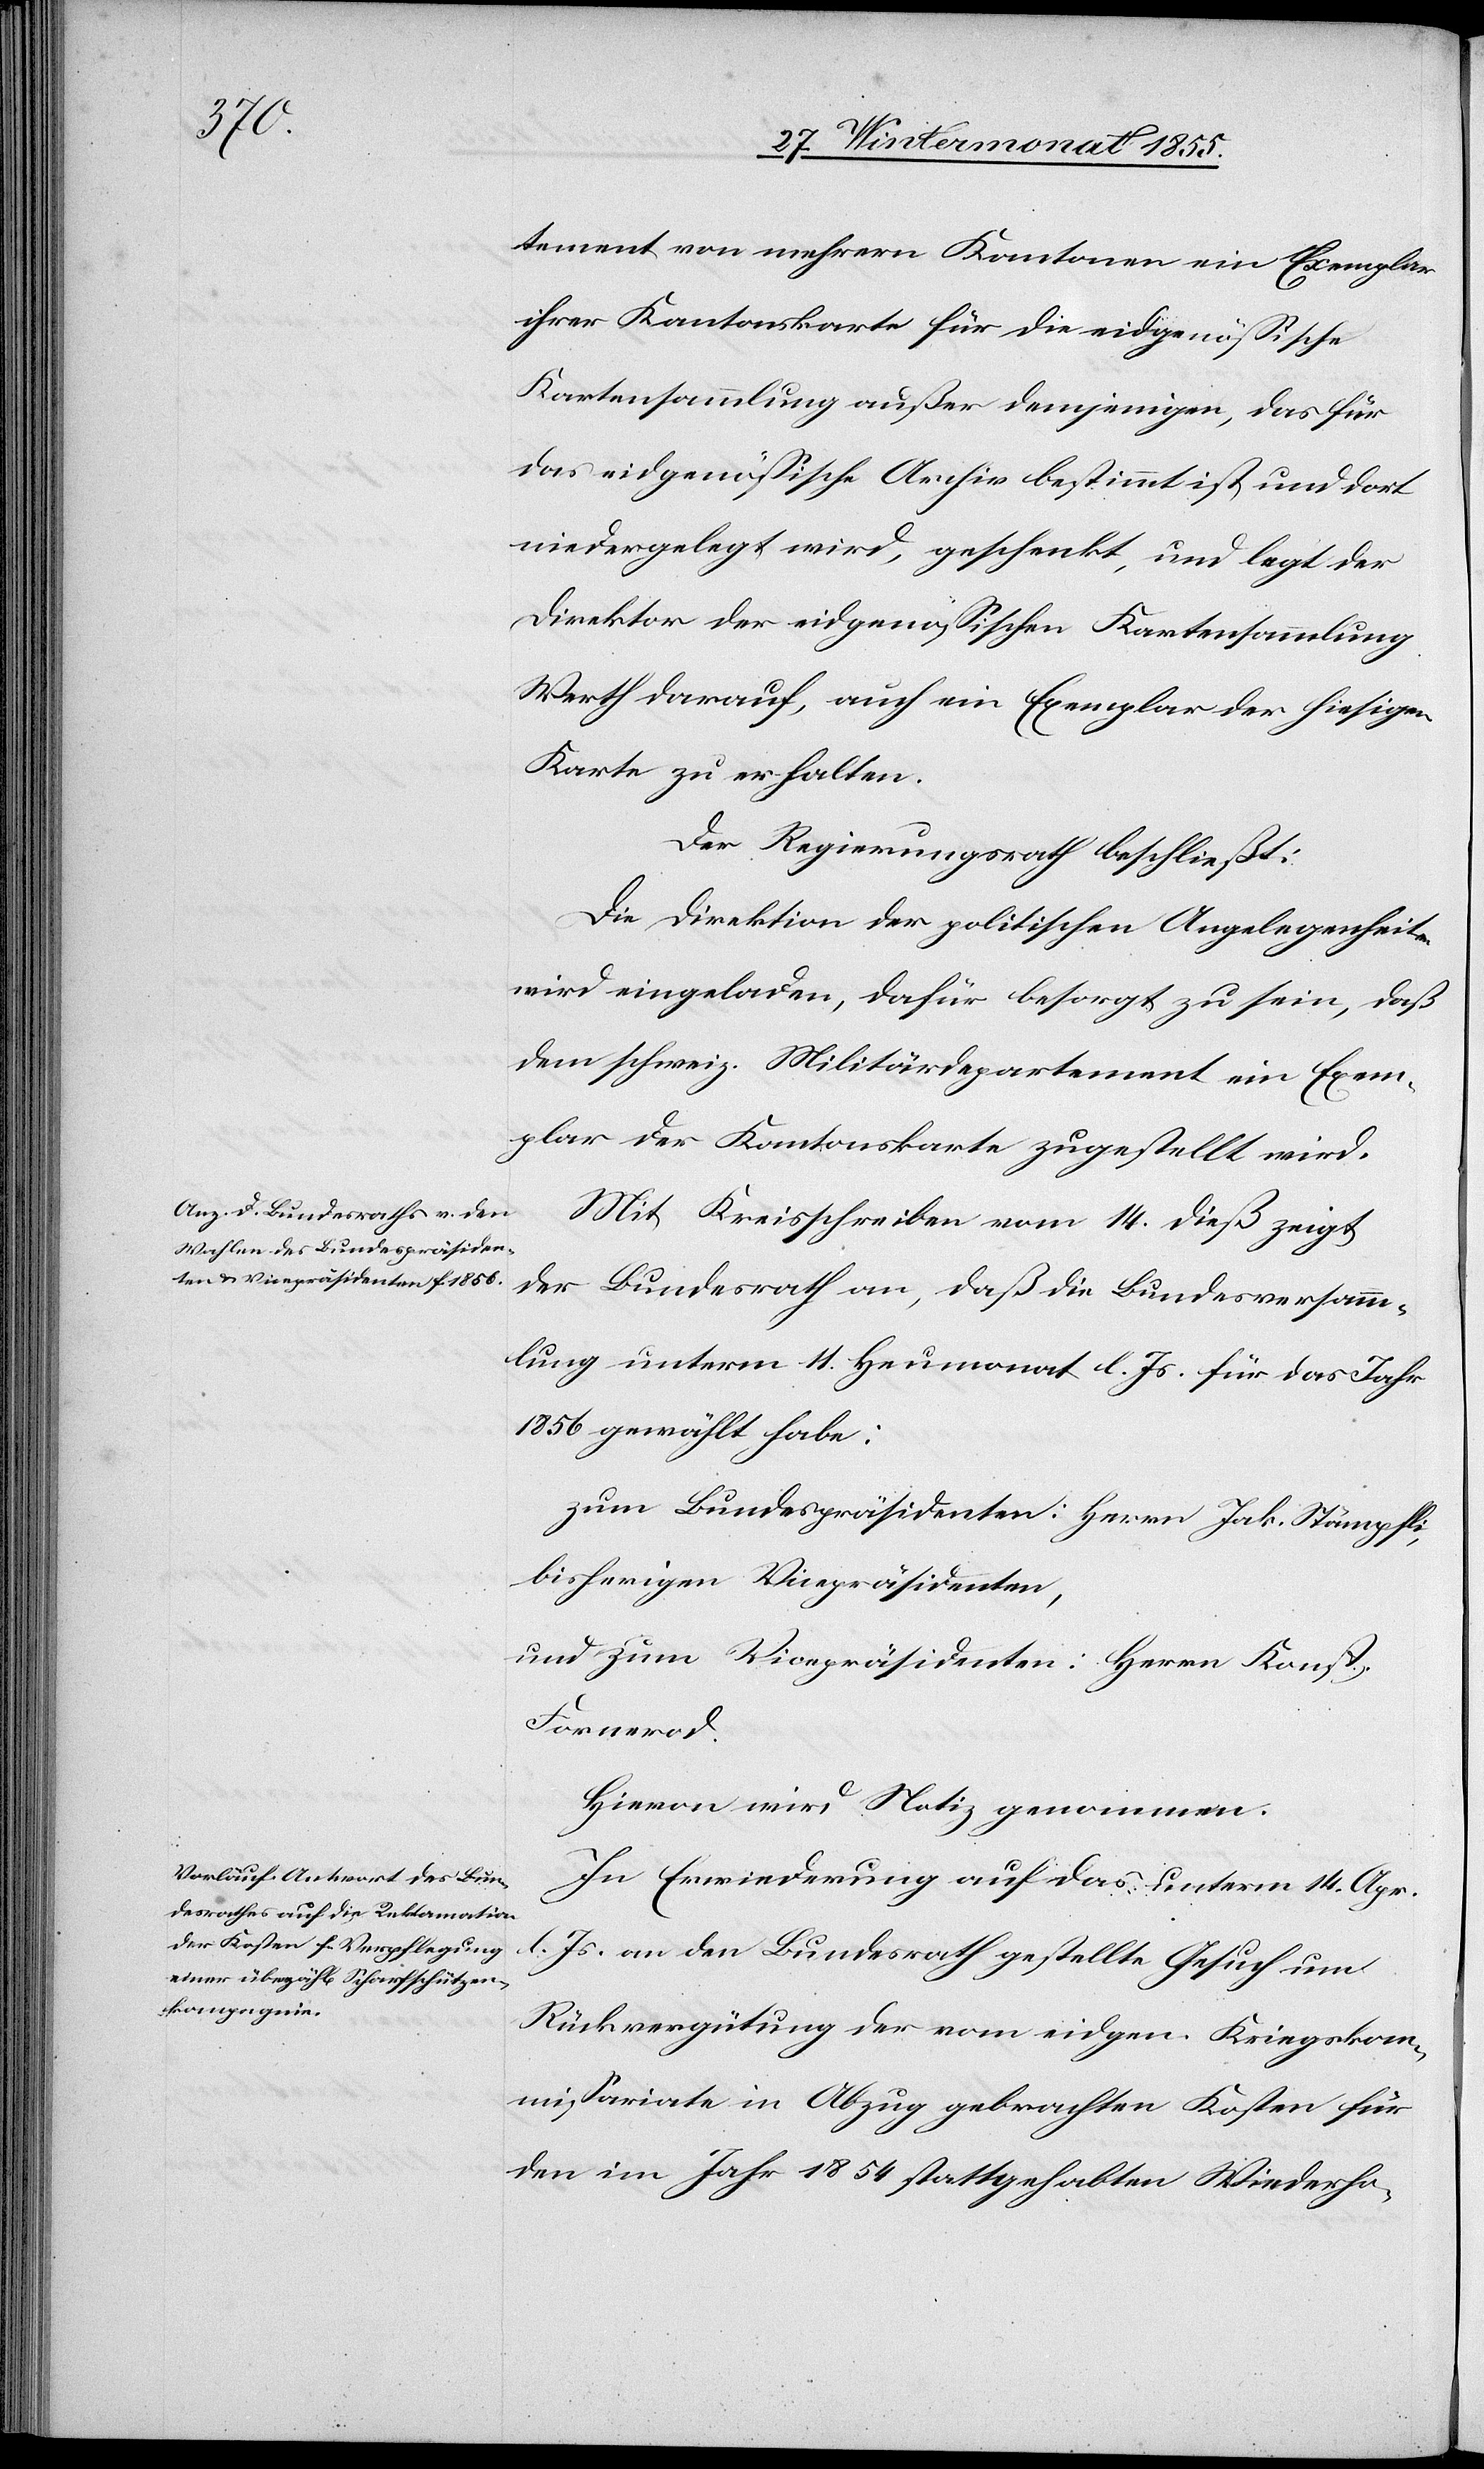
tement von mehrern Kantonen ein Exemplar
ihrer Kantonskarte für die eidgenössische
Kartensammlung außer demjenigen, das für
das eidgenössische Archiv bestimmt ist und dort
niedergelegt wird, geschenkt, und legt der
Direktor der eidgenössischen Kartensammlung
Werth darauf, auch ein Exemplar der hiesigen
Karte zu erhalten.
Der Regierungsrath beschließt:
Die Direktion der politischen Angelegenheiten
wird eingeladen, dafür besorgt zu sein, daß
dem schweiz. Militärdepartement ein Exem¬
plar der Kantonskarte zugestellt wird.
Mit Kreisschreiben vom 14. dieß zeigt
der Bundesrath an, daß die Bundesversamm¬
lung unterm 11. Heumonat l. Js. für das Jahr
1856 gewählt habe:
zum Bundespräsidenten: Herrn Jak. Stämpfli,
bisherigen Vicepräsidenten,
und zum Vicepräsidenten: Herrn Konst.
Fornerod.
Hievon wird Notiz genommen.
In Erwiederung auf das unterm 14. Apr.
l. Js. an den Bundesrath gestellte Gesuch um
Rückvergütung der vom eidgen. Kriegskom¬
missariate in Abzug gebrachten Kosten für
den im Jahr 1854 stattgehabten Wiederho-